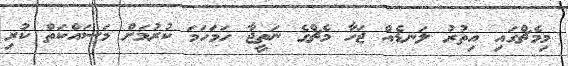
މިމެޗްގައި އިތުރު ލަނޑެއް ޖަހާ މެޗްގެ ނަތީޖާ ހަމަހަމަ ކުރުމަށް މަސައްކަތް ކުރި